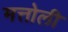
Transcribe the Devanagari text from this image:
मत्तोली